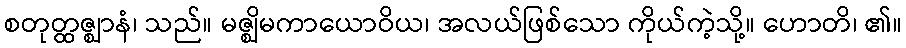
စတုတ္ထဇ္ဈာနံ၊ သည်။ မဇ္ဈိမကာယောဝိယ၊ အလယ်ဖြစ်သော ကိုယ်ကဲ့သို့။ ဟောတိ၊ ၏။